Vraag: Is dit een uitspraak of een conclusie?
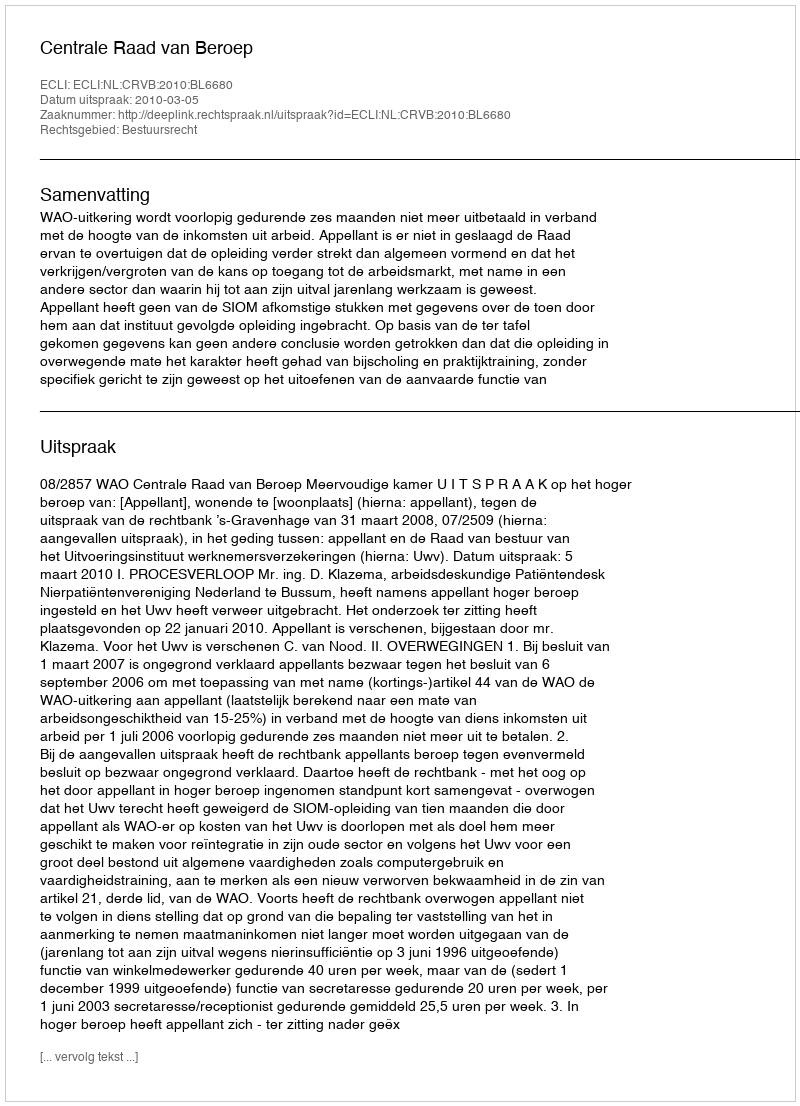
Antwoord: Uitspraak